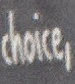
choice